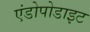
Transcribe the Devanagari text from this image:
एंडोपोडाइट